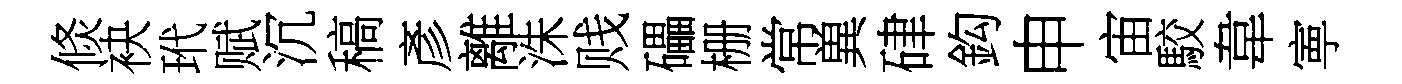
倐袂玳赋沉稿彥離洙贱礧栅常兾硉鈎申宙駮韋寕